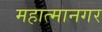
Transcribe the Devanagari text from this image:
महात्मानगर